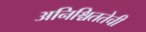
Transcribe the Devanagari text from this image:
अनिश्चिततेची